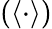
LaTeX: \left(\langle\cdot\rangle\right)